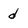
Character: d